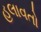
હલાવતો